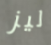
ليز